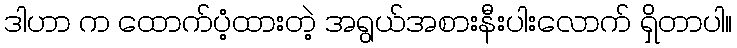
ဒါဟာ က ထောက်ပံ့ထားတဲ့ အရွယ်အစားနီးပါးလောက် ရှိတာပါ။